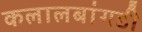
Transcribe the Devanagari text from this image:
कलालबांगडी